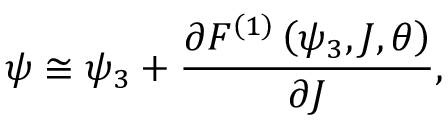
\psi \cong \psi _ { 3 } + \frac { \partial F ^ { \left( 1 \right) } \left( \psi _ { 3 } , J , \theta \right) } { \partial J } ,